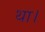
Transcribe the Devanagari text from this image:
था।